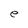
Character: e